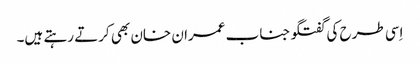
اِسی طرح کی گفتگو جناب عمران خان بھی کرتے رہتے ہیں۔